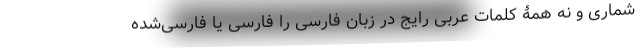
شماری و نه همۀ کلمات عربی رایج در زبان فارسی را فارسی یا فارسی‌شده